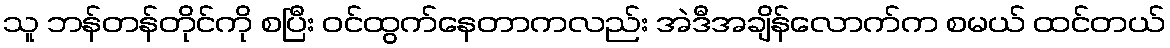
သူ ဘန်တန်တိုင်ကို စပြီး ဝင်ထွက်နေတာကလည်း အဲဒီအချိန်လောက်က စမယ် ထင်တယ်